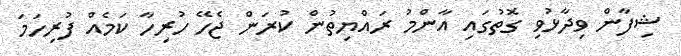
ޝިފާން ވިދާޅުވި ގޮތުގައި އާންމު ރައްޔިތުން ކުރަން ޖެހޭ ހުރިހާ ކަމެއް ފުރިހަމަ